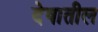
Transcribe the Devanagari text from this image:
देषातील